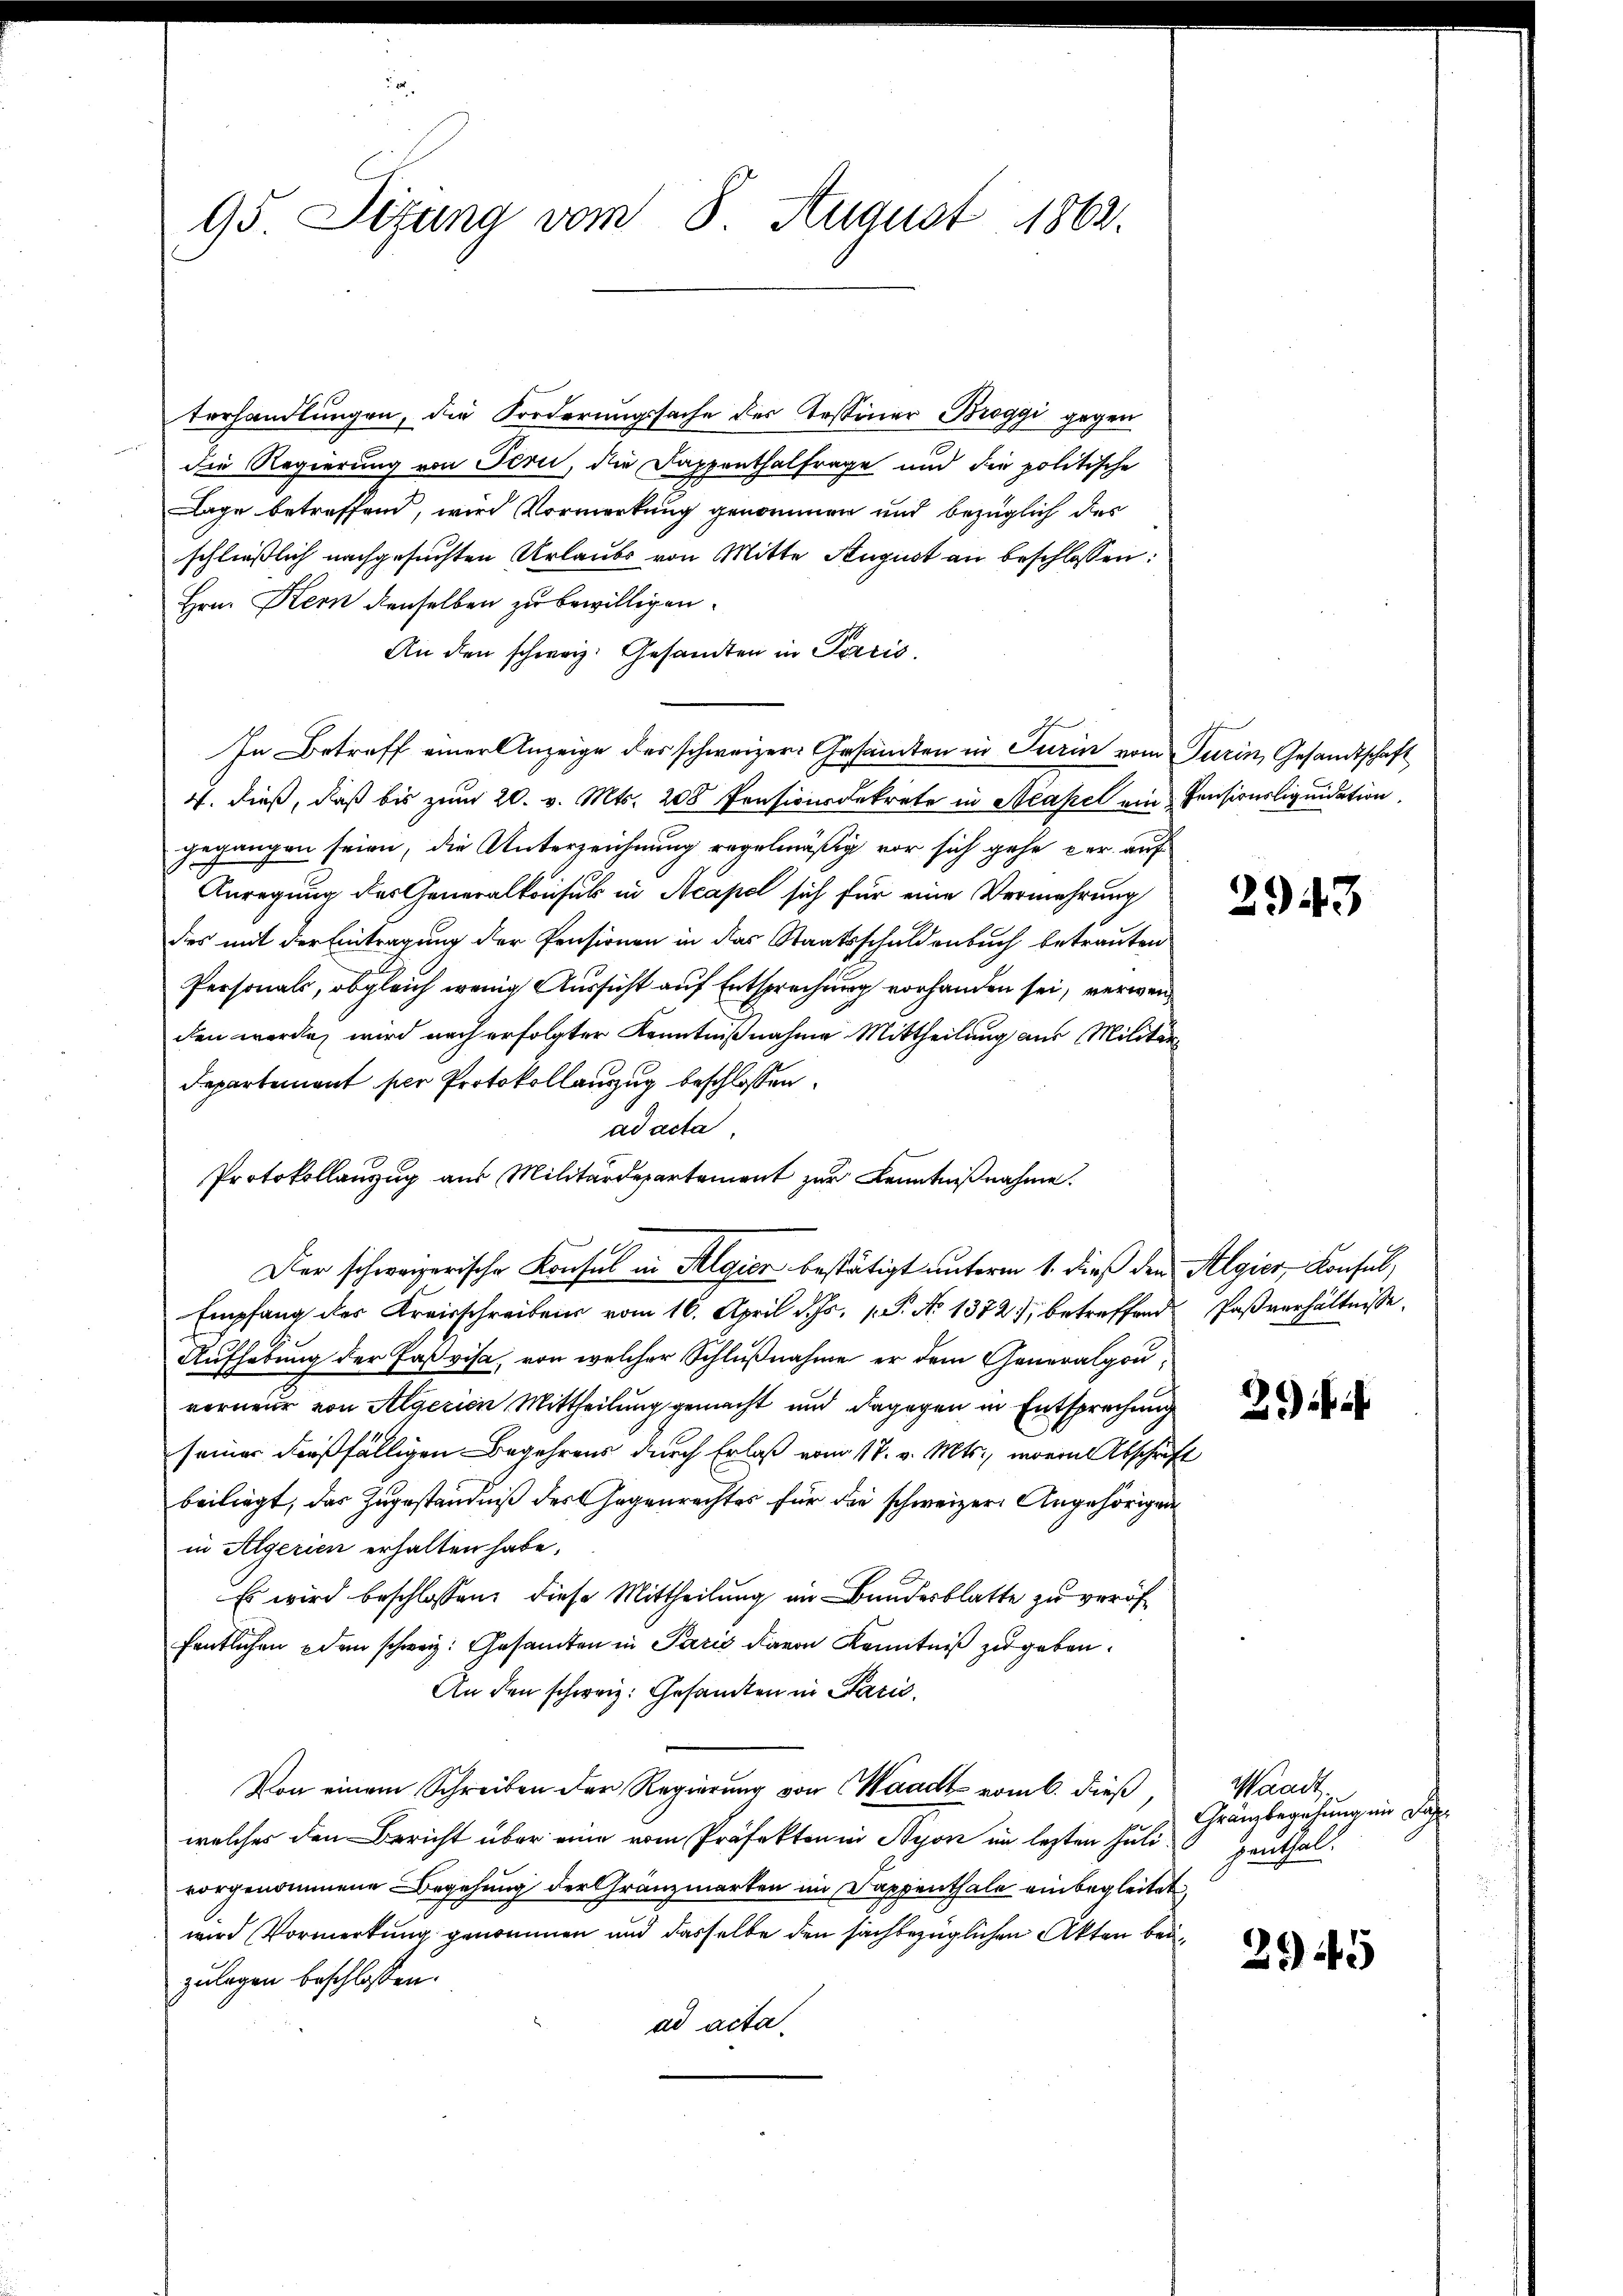
95. Sitzung vom 8. August 1862.

terhandlungen, die Forderungssache der Tessiner Broggi gegen
die Regierung von Jerii, die Dappenthalfrage und die politische
Lage betreffend, wird Vormerkung genommen und bezüglich des
schließlich nachgesuchten Urlaubs von Mitte August an beschlossen:
Hrn. Kern denselben zu bewilligen.
An den schweiz. Gesandten in Paris,
In Betreff einer Anzeige des schweizer. Gesamten in Turin vom Turin, Gesandtschaft
4. dieß, daß bis zum 20. v. Mts. 208 Pensionsdekrete in Ačakel ein Pensionsliquidation
gegangen seien, die Unterzeichnung regelmäßig vor sich gehe der auf
Anregung des Generalkonsul in Acapel sich für eine Vermehrung
des mit der Eintragung der Pensionen in das Staatsschuldenbuch betrauten
Personals, obgleich wenig Aussicht auf Entsprechung vorhanden sei, verwenden werde, wird nach erfolgter Kenntnißnahme Mittheilung aus Militar¬
Departement her Protokollanzug beschlossen:
ad acta
Protokollanzug aus Militärdepartement zur Kenntnißnahme.
Der schweizerische Konsul in Algier bestätigt unterm 1. dieß den Algier, Konsul,
Empfang des Kreisschreibens vom 16. April d. Js. 1. P. No 1372), betreffend Paßverhältnisse
Aufhebung der Faßvisa, von welcher Schlußnahme er dem Generalgouverneur von Algerien Mittheilung gemacht und dagegen in Entsprechung
seiner dießfälligen Begehrens durch Erlaß vom 17. v. Mts., worin Abschrift
beiliegt, das Zugeständniß des Gegenrechtes für die schweizer Angehörigen
in Algerien erhalten habe.
Es wird beschlossen, diese Mittheilung an Bundesblatte zu veröf
fentlichen dem schweiz. Gesamten in Paris davon Kenntniß zu geben.
An den schweiz. Gesamten in Parić,
Von einem Schreiben der Regierung von Waadt vom 6. dieß,
welches den Bericht über eine vom Präfekten in Nyon im lezten Julivorgenommene Begehung der Gränzmarken im Dappenthale einbegleitet
wird Vormerkung genommen und dasselbe den sachbezüglichen Akten beizulagen beschlossen.
ad acta.

2943

3) i

Maach.
Gränzbegehung im Jah
penthal.

2949